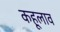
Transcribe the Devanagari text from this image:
कहूलाव